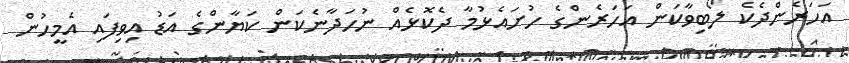
އަހަރެންދެކެ ލޯބިވާކަން އަހަރެންގެ ހުށައެޅުމާ ދެކޮޅެއް ނުހަދާނެކަން ކަޔާންގެ އަޑު އިވިފައި އެމީހުން